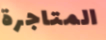
المتاجرة